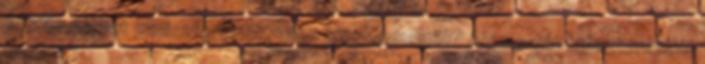
politikus lehet miniszterelnök, vagy jegybankelnök? Aki a saját egisztenciáját